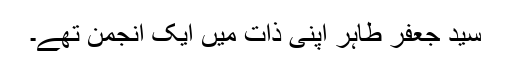
سید جعفر طاہر اپنی ذات میں ایک انجمن تھے۔